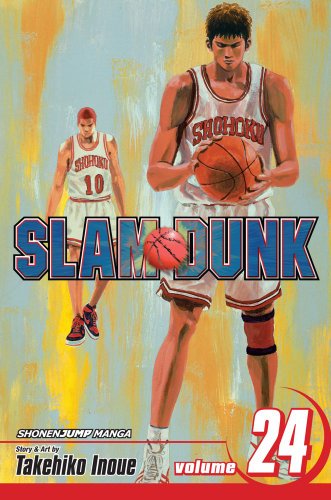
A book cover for Slam Dunk, Vol. 24; Takehiko Inoue; Comics & Graphic Novels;